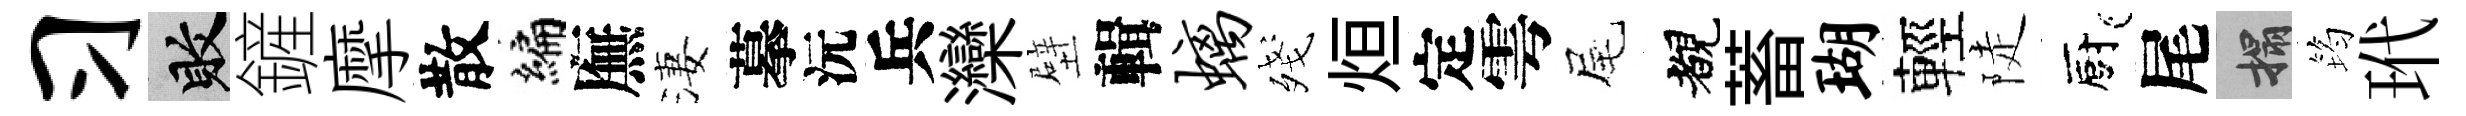
习敗鏟摩散编廡淒摹沅兵灤壁輯螭殘烜定雩尾覩蓄瑚輕陡廚尾搨筠玳